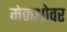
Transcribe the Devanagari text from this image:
मेकओवर